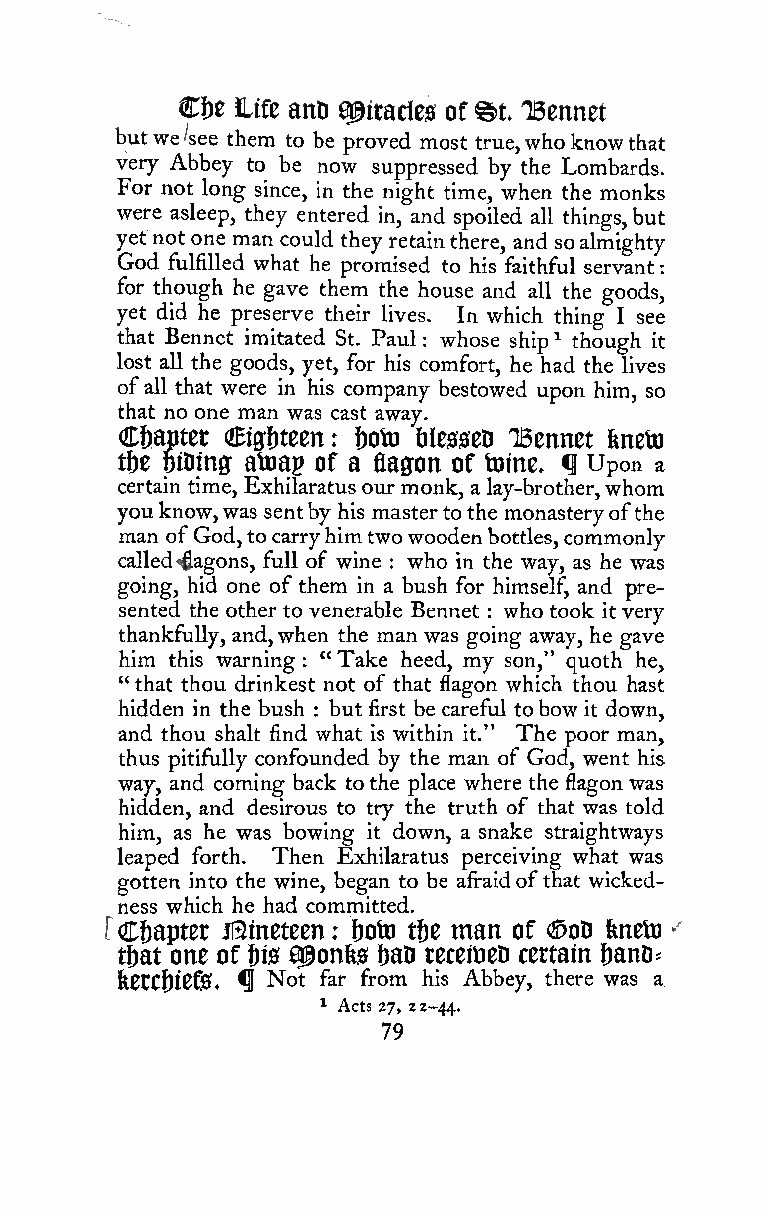
:
 C6e life anD a^itacles of ®t. TBennet
 butwe /see them to be proved most true,who knowthat
 very Abbey to be now suppressed by the Lombards.
 For not long since, in the night time, when the monks
 were asleep, they entered in, and spoiled all things,but
 yetnot one man could they retainthere, and soalmighty
 God fulfilled what he promised to his faithful servant
 for though he gave them the house and all the goods,
 yet did he preserve their lives. In which thing I see
 that Bennet imitated St. Paul : whose ship^ though it
 lost aU the goods, yet, for his comfort, he had the lives
 ofall that were in his company bestowed upon him, so
 that no one man was cast away.
 Cbaptet €igf)teen: &oto filesseD IBennet fenetti
 tfje mine atnap of a flagon of toine, f Upon a
 certain time, Exhilaratus our monk, a lay-brother,whom
 youknow,was sentby his mastertothe monasteryofthe
 man ofGod,tocarryhimtwowoodenbottles, commonly
 called<|[agons, full of wine who in the way, as he was
 :
 going, hid one of them in a bush for himself, and pre-
 sented the other to venerable Bennet : who took it very
 thankfully, and,when the man was going away, he gave
 him this warning "Take heed, my son," quoth he,
 :
 " that thou drinkest not of that flagon which thou hast
 hidden in the bush : but first be careful tobow it down,
 and thou shalt find what is within it." The poor man,
 thus pitifully confounded by the man of God, went his
 way, and coming back tothe place where the flagon was
 hidden, and desirous to try the truth of that was told
 him, as he was bowing it down, a snake straightways
 leaped forth. Then Exhilaratus perceiving what was
 gotten into the wine, began to be afraidofthat wicked-
 ness which he had committed.
 man           '
 rChapter Ji3meteen: fjoto tije of <^oD feneto
 tbat one of Us Q^onfes i)aD teceiueo certain &anD=
 feetCf)ief0. fl Not far from his Abbey, there was a,
 ^ Acts 27, 22-44.
 79